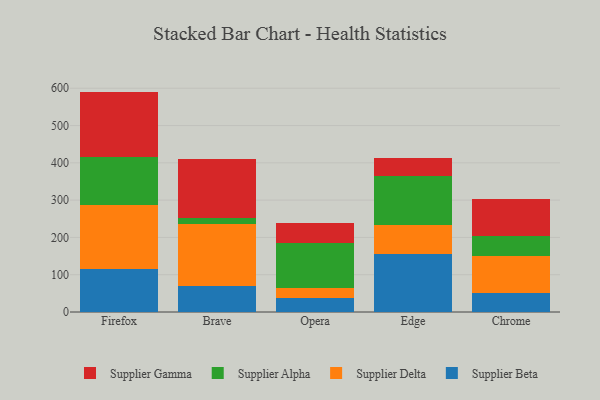
{"axis": {"x": "Browser", "y": "Waste Production (Tons)"}, "legend": ["Supplier Alpha", "Supplier Beta", "Supplier Delta", "Supplier Gamma"], "data": [{"x": "Firefox", "y": 115.6, "type": "Supplier Beta"}, {"x": "Firefox", "y": 172.0, "type": "Supplier Delta"}, {"x": "Firefox", "y": 127.2, "type": "Supplier Alpha"}, {"x": "Firefox", "y": 176.2, "type": "Supplier Gamma"}, {"x": "Brave", "y": 69.5, "type": "Supplier Beta"}, {"x": "Brave", "y": 165.7, "type": "Supplier Delta"}, {"x": "Brave", "y": 16.8, "type": "Supplier Alpha"}, {"x": "Brave", "y": 157.5, "type": "Supplier Gamma"}, {"x": "Opera", "y": 38.7, "type": "Supplier Beta"}, {"x": "Opera", "y": 24.9, "type": "Supplier Delta"}, {"x": "Opera", "y": 122.4, "type": "Supplier Alpha"}, {"x": "Opera", "y": 52.4, "type": "Supplier Gamma"}, {"x": "Edge", "y": 155.9, "type": "Supplier Beta"}, {"x": "Edge", "y": 78.3, "type": "Supplier Delta"}, {"x": "Edge", "y": 129.4, "type": "Supplier Alpha"}, {"x": "Edge", "y": 49.2, "type": "Supplier Gamma"}, {"x": "Chrome", "y": 49.7, "type": "Supplier Beta"}, {"x": "Chrome", "y": 100.0, "type": "Supplier Delta"}, {"x": "Chrome", "y": 53.6, "type": "Supplier Alpha"}, {"x": "Chrome", "y": 100.1, "type": "Supplier Gamma"}]}